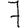
Digit: 7